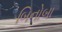
બિનોબા